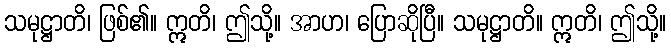
သမုဋ္ဌာတိ၊ ဖြစ်၏။ ဣတိ၊ ဤသို့။ အာဟ၊ ပြောဆိုပြီ။ သမုဋ္ဌာတိ။ ဣတိ၊ ဤသို့။